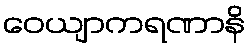
ဝေယျာကရဏာနိ